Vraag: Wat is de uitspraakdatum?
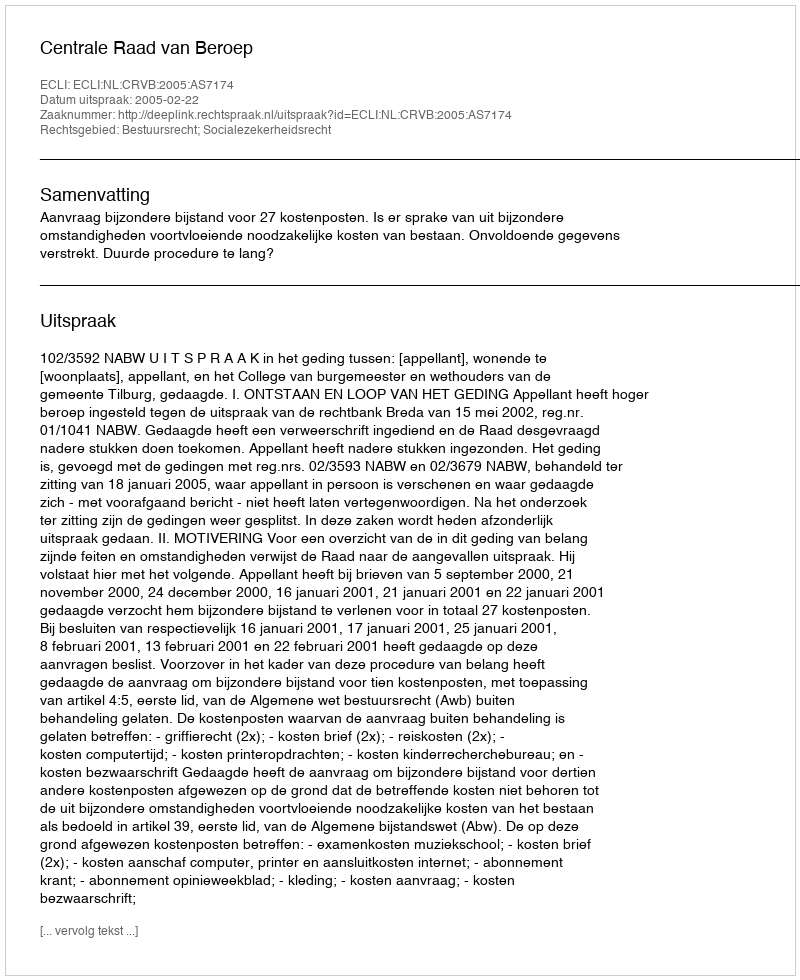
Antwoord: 2005-02-22